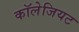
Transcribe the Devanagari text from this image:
कॉलेजियट